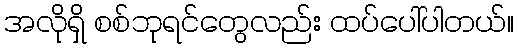
အလိုရှိ စစ်ဘုရင်တွေလည်း ထပ်ပေါ်ပါတယ်။